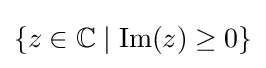
\left\{z\in \mathbb {C} \mid \operatorname {Im} (z)\geq 0\right\}